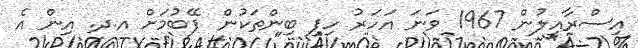
އިސްރާއީލުން 1967 ވަނަ އަހަރު ހިފި ބިންތަކުން ފޭބުމަށް އ.ދ. އިން އެ